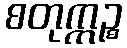
စတုက္ကဉ္စ